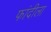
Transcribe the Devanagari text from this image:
फांदीला